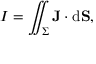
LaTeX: I = \iint _ { \Sigma } \mathbf { J } \cdot \mathrm { d } \mathbf { S } ,